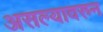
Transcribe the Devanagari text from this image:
असल्यावरुन